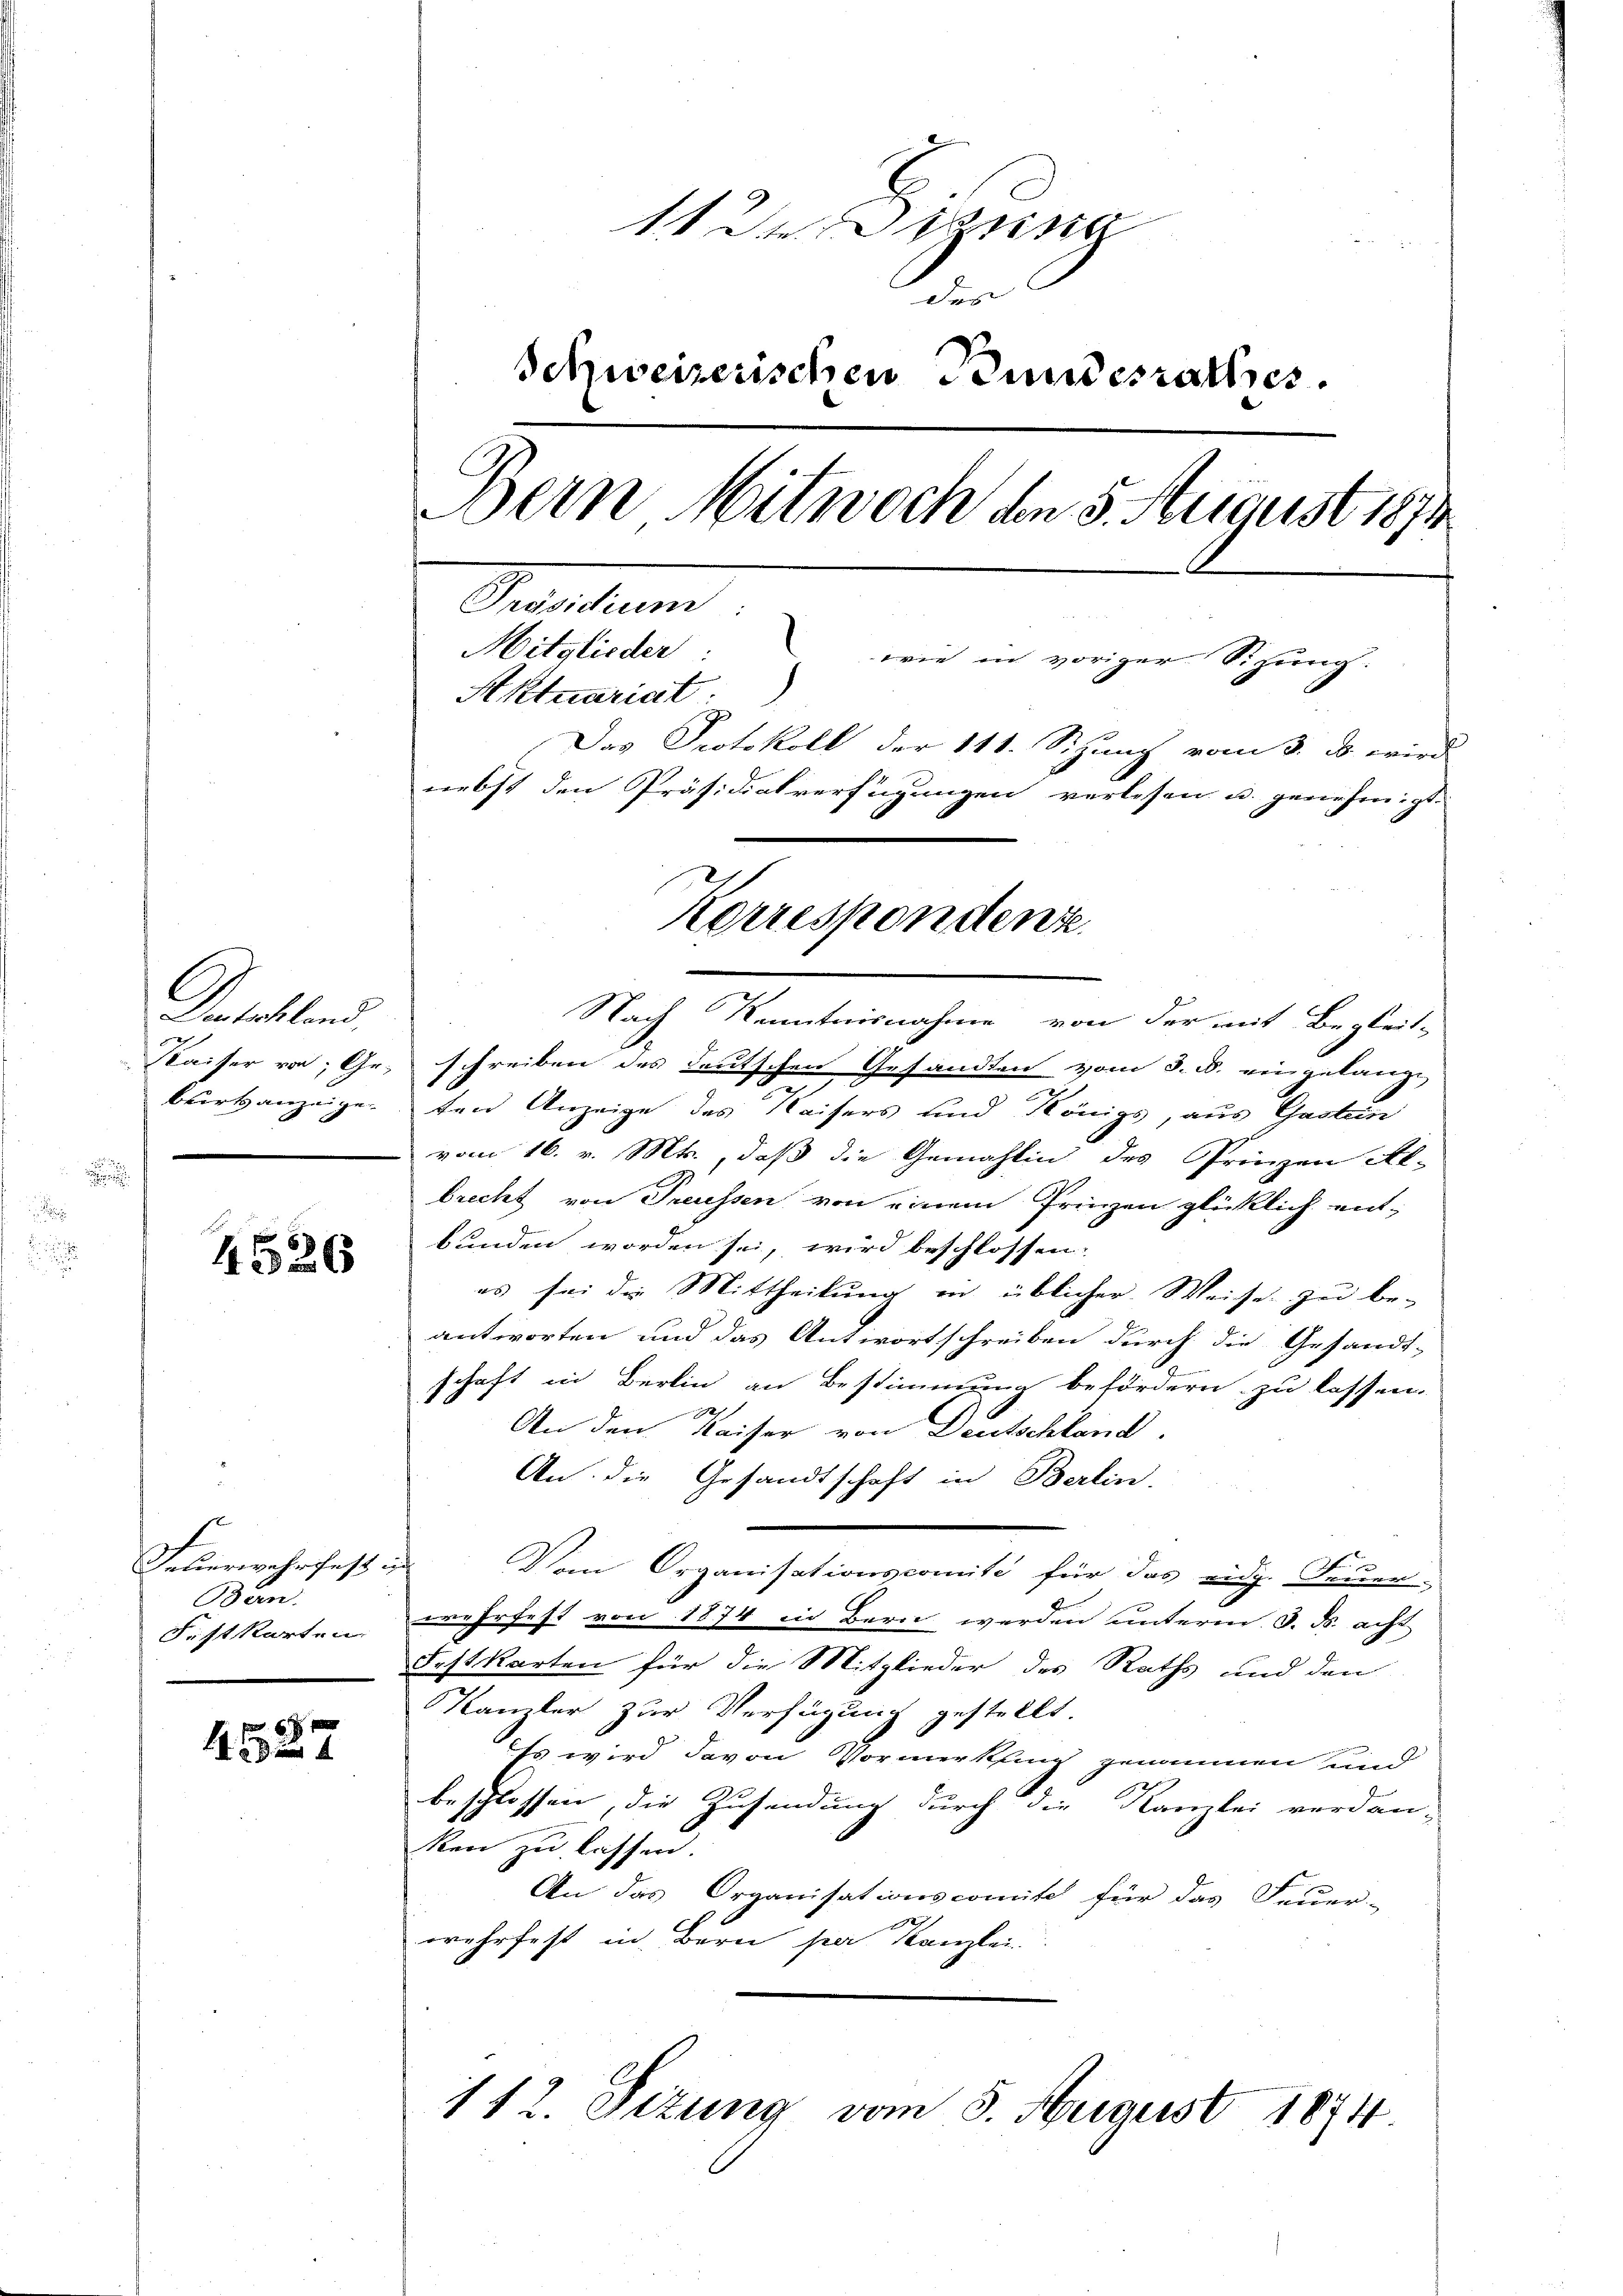
Kalen

4526

Feberwahrsfest in
Bern.
Festkarten.

6 x
4

11 der Ding
des
Schweizerischen Bundesrathes.
Bern Mitwoch den 5. August 1874
Pactum
Mitglieder
wie in voriger Sitzung:
Aktuariat
Das Protokoll der 111. Sizung vom 3. ds. wird
nebst den Präsidialverfügungen verlesen u. genehmigt.
Korrespondenz.

Nach Kenntnisnahme von der mit Begleit¬
Kaiser von; Gr. schreiben des deutschen Gesandten vom 8. d. eingelangt
burtsanzeigenten Anzeige des Kaisers und Königs, aus Gasten
vom 16. v. Mts., daß die Gemahlin des Prinzen Al-
brecht von Preussen von einem Prinzen glücklich ent-
bunden worden sei, wird beschlossen.
es sei die Mittheilung in üblicher Weise zu be-
antworten und das Antwortschreiben durch die Gesandt-
schaft in Berlin an Bestimmung befördern zu lassen.
e
An den Kaiser von Deutschland,
An die Gesandtschaft in Berlin-
Vom Organisationscomité für das eidg. Feuer-
wehrfest von 1874 in Bern werden unterm 3. ds. acht
Festkarten für die Mitglieder des Raths und den
Kanzler zur Verfügung gestellt.
Es wird davon Vormerkung genommen und
beschlossen, die Zusendung durch die Kanzlei verdan-
ken zu lassen.
An das Organisationscomite für das Feuer-
wehrfest in Bern par Kanzlei.

112. Setung vom 5. August 1874.